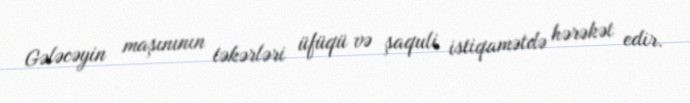
Gələcəyin maşınının təkərləri üfüqü və şaquli istiqamətdə hərəkət edir.